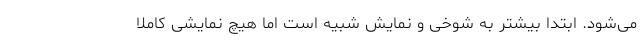
می‌شود. ابتدا بیشتر به شوخی و نمایش شبیه است‌ اما هیچ نمایشی کاملا